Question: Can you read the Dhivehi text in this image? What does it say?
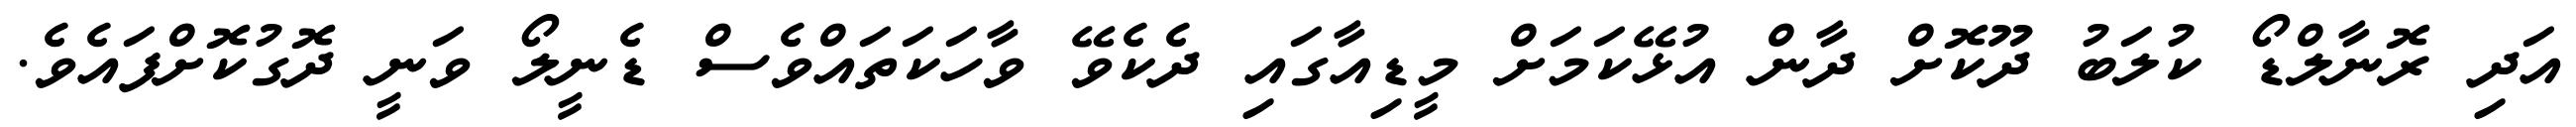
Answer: އަދި ރޮނާލްޑޯ ކުލަބު ދޫކޮށް ދާން އުޅޭކަމަށް މީޑިއާގައި ދެކެވޭ ވާހަކަތައްވެސް ޑެނީލޯ ވަނީ ދޮގުކޮށްފައެވެ.